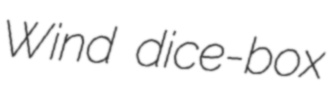
Wind dice-box